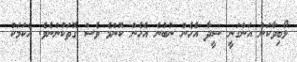
ލޯބިވާކަން އަންގަނީ ސީދާ އެހެން ނުބުނެ އެހެން ކޮންމެ ވެސް ގޮތަކުންނެވެ. އެކަމަކު